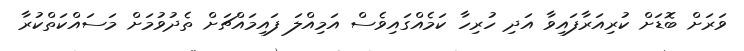
ވަރަށް ބޮޑަށް ކުރިއަރާފައިވާ އަދި ހުރިހާ ކަމެއްގައިވެސް އަމިއްލަ ފައިމައްޗަށް ތެދުވުމަށް މަސައްކަތްކުރާ